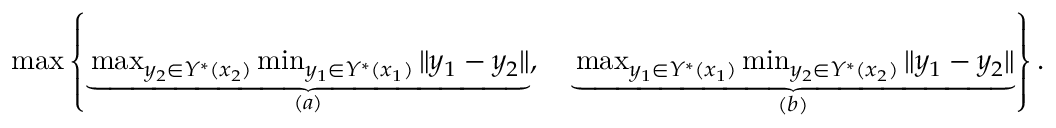
\begin{array} { r } { \operatorname* { m a x } \left\{ \underbrace { \operatorname* { m a x } _ { y _ { 2 } \in Y ^ { * } ( x _ { 2 } ) } \operatorname* { m i n } _ { y _ { 1 } \in Y ^ { * } ( x _ { 1 } ) } \Vert y _ { 1 } - y _ { 2 } \Vert } _ { ( a ) } , \quad \underbrace { \operatorname* { m a x } _ { y _ { 1 } \in Y ^ { * } ( x _ { 1 } ) } \operatorname* { m i n } _ { y _ { 2 } \in Y ^ { * } ( x _ { 2 } ) } \Vert y _ { 1 } - y _ { 2 } \Vert } _ { ( b ) } \right\} . } \end{array}